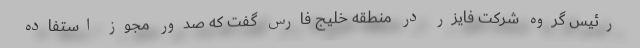
رئیس گروه شرکت فایزر در منطقه خلیج فارس گفت که صدور مجوز استفاده